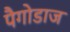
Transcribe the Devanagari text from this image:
पैगोडाज